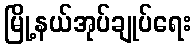
မြို့နယ်အုပ်ချုပ်ရေး